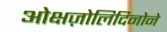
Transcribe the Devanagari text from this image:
ओक्षज़ोलिदिनोने